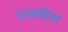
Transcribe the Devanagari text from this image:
उजळील